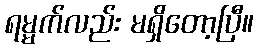
ရမ္မက်လည်း မရှိတော့ပြီ။